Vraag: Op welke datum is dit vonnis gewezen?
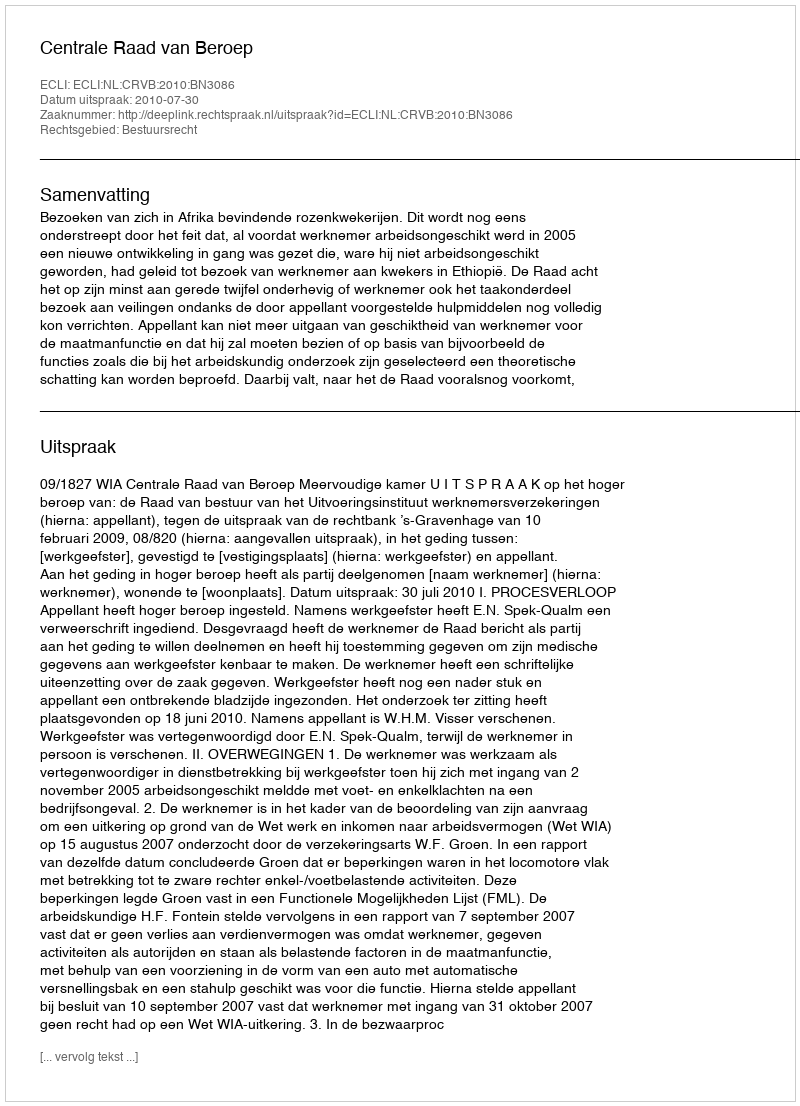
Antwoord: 2010-07-30